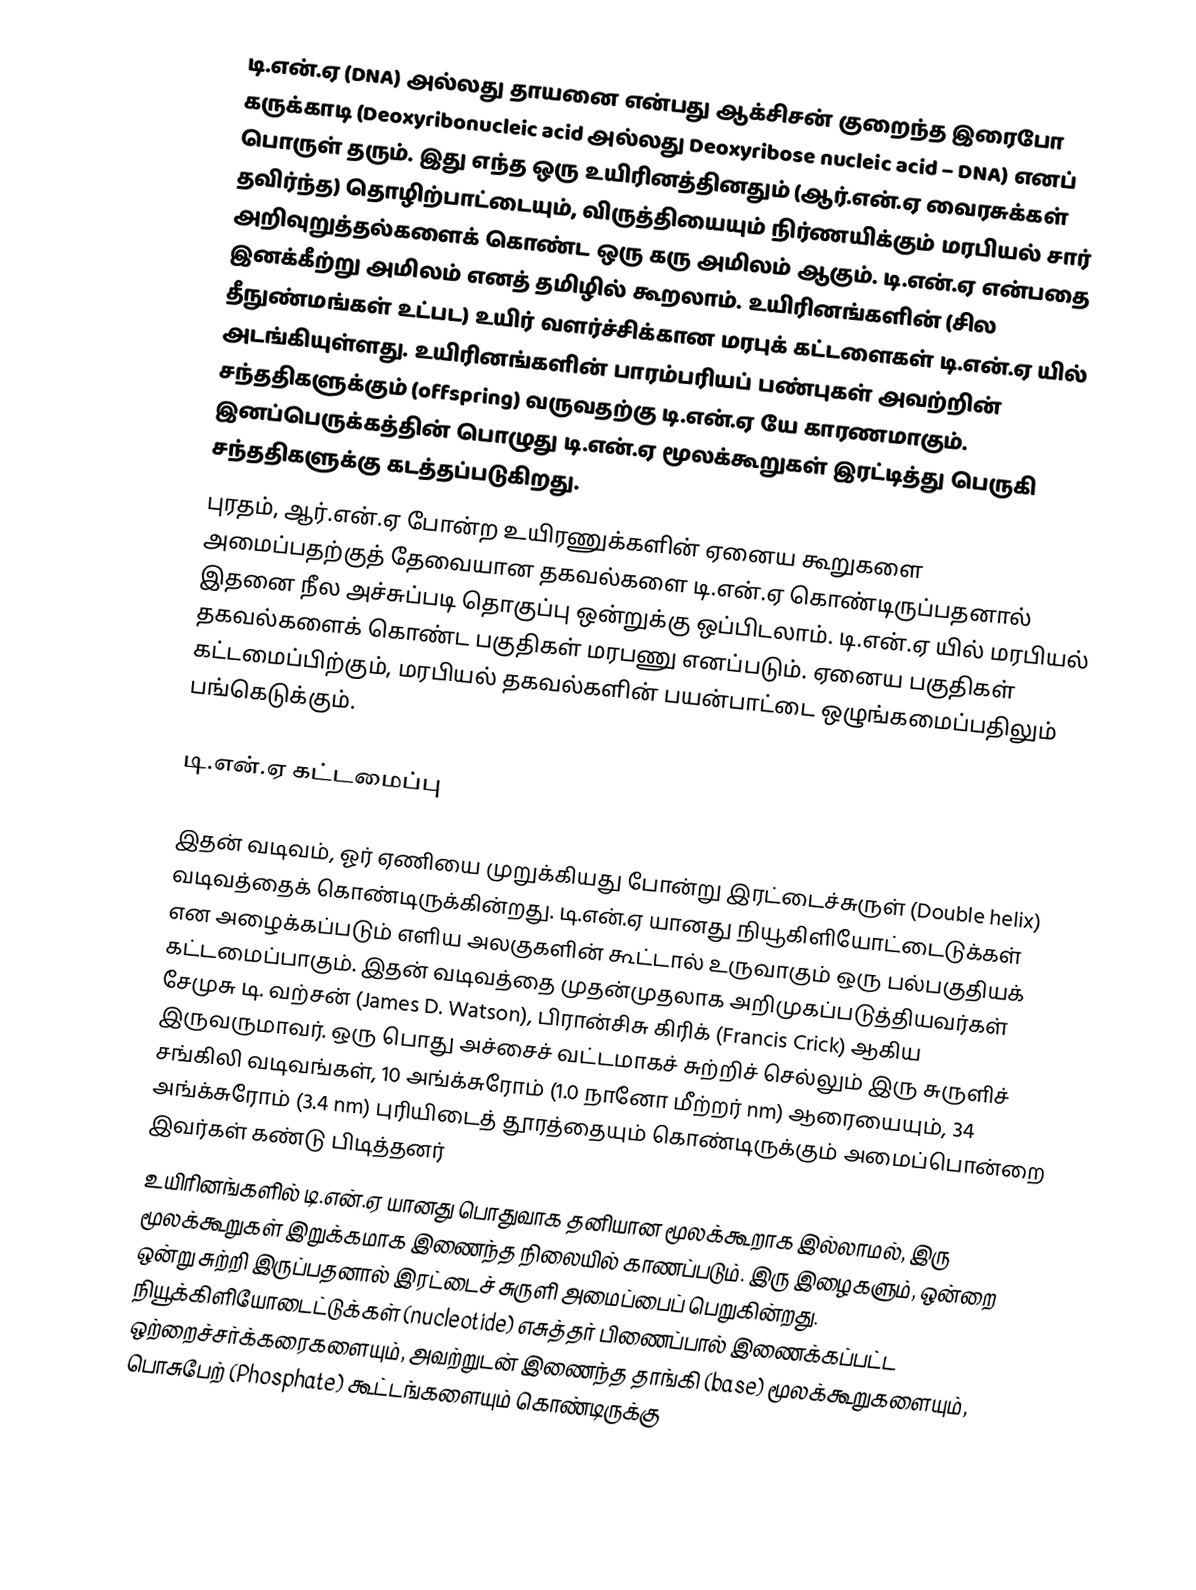
டி.என்.ஏ (DNA) அல்லது தாயனை என்பது ஆக்சிசன் குறைந்த இரைபோ கருக்காடி (Deoxyribonucleic acid அல்லது Deoxyribose nucleic acid – DNA) எனப் பொருள் தரும். இது எந்த ஒரு உயிரினத்தினதும் (ஆர்.என்.ஏ வைரசுக்கள் தவிர்ந்த) தொழிற்பாட்டையும், விருத்தியையும் நிர்ணயிக்கும் மரபியல் சார் அறிவுறுத்தல்களைக் கொண்ட ஒரு கரு அமிலம் ஆகும். டி.என்.ஏ என்பதை இனக்கீற்று அமிலம் எனத் தமிழில் கூறலாம். உயிரினங்களின் (சில தீநுண்மங்கள் உட்பட) உயிர் வளர்ச்சிக்கான மரபுக் கட்டளைகள் டி.என்.ஏ யில் அடங்கியுள்ளது. உயிரினங்களின் பாரம்பரியப் பண்புகள் அவற்றின் சந்ததிகளுக்கும் (offspring) வருவதற்கு டி.என்.ஏ யே காரணமாகும். இனப்பெருக்கத்தின் பொழுது டி.என்.ஏ மூலக்கூறுகள் இரட்டித்து பெருகி சந்ததிகளுக்கு கடத்தப்படுகிறது.
புரதம், ஆர்.என்.ஏ போன்ற உயிரணுக்களின் ஏனைய கூறுகளை அமைப்பதற்குத் தேவையான தகவல்களை டி.என்.ஏ கொண்டிருப்பதனால் இதனை நீல அச்சுப்படி தொகுப்பு ஒன்றுக்கு ஒப்பிடலாம். டி.என்.ஏ யில் மரபியல் தகவல்களைக் கொண்ட பகுதிகள் மரபணு எனப்படும். ஏனைய பகுதிகள் கட்டமைப்பிற்கும், மரபியல் தகவல்களின் பயன்பாட்டை ஒழுங்கமைப்பதிலும் பங்கெடுக்கும்.

டி.என்.ஏ கட்டமைப்பு

இதன் வடிவம், ஓர் ஏணியை முறுக்கியது போன்று இரட்டைச்சுருள் (Double helix) வடிவத்தைக் கொண்டிருக்கின்றது. டி.என்.ஏ யானது நியூகிளியோட்டைடுக்கள் என அழைக்கப்படும் எளிய அலகுகளின் கூட்டால் உருவாகும் ஒரு பல்பகுதியக் கட்டமைப்பாகும். இதன் வடிவத்தை முதன்முதலாக அறிமுகப்படுத்தியவர்கள் சேமுசு டி. வற்சன் (James D. Watson), பிரான்சிசு கிரிக் (Francis Crick) ஆகிய இருவருமாவர். ஒரு பொது அச்சைச் வட்டமாகச் சுற்றிச் செல்லும் இரு சுருளிச் சங்கிலி வடிவங்கள், 10 அங்க்சுரோம் (1.0 நானோ மீற்றர் nm) ஆரையையும், 34 அங்க்சுரோம் (3.4 nm) புரியிடைத் தூரத்தையும் கொண்டிருக்கும் அமைப்பொன்றை இவர்கள் கண்டு பிடித்தனர்
உயிரினங்களில் டி.என்.ஏ யானது பொதுவாக தனியான மூலக்கூறாக இல்லாமல், இரு மூலக்கூறுகள் இறுக்கமாக இணைந்த நிலையில் காணப்படும். இரு இழைகளும், ஒன்றை ஒன்று சுற்றி இருப்பதனால் இரட்டைச் சுருளி அமைப்பைப் பெறுகின்றது. நியூக்கிளியோடைட்டுக்கள் (nucleotide) எசுத்தர் பிணைப்பால் இணைக்கப்பட்ட ஒற்றைச்சர்க்கரைகளையும், அவற்றுடன் இணைந்த தாங்கி (base) மூலக்கூறுகளையும், பொசுபேற் (Phosphate) கூட்டங்களையும் கொண்டிருக்கு